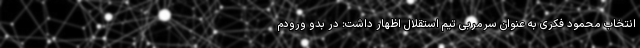
انتخاب محمود فکری به عنوان سرمربی تیم استقلال اظهار داشت: در بدو ورودم